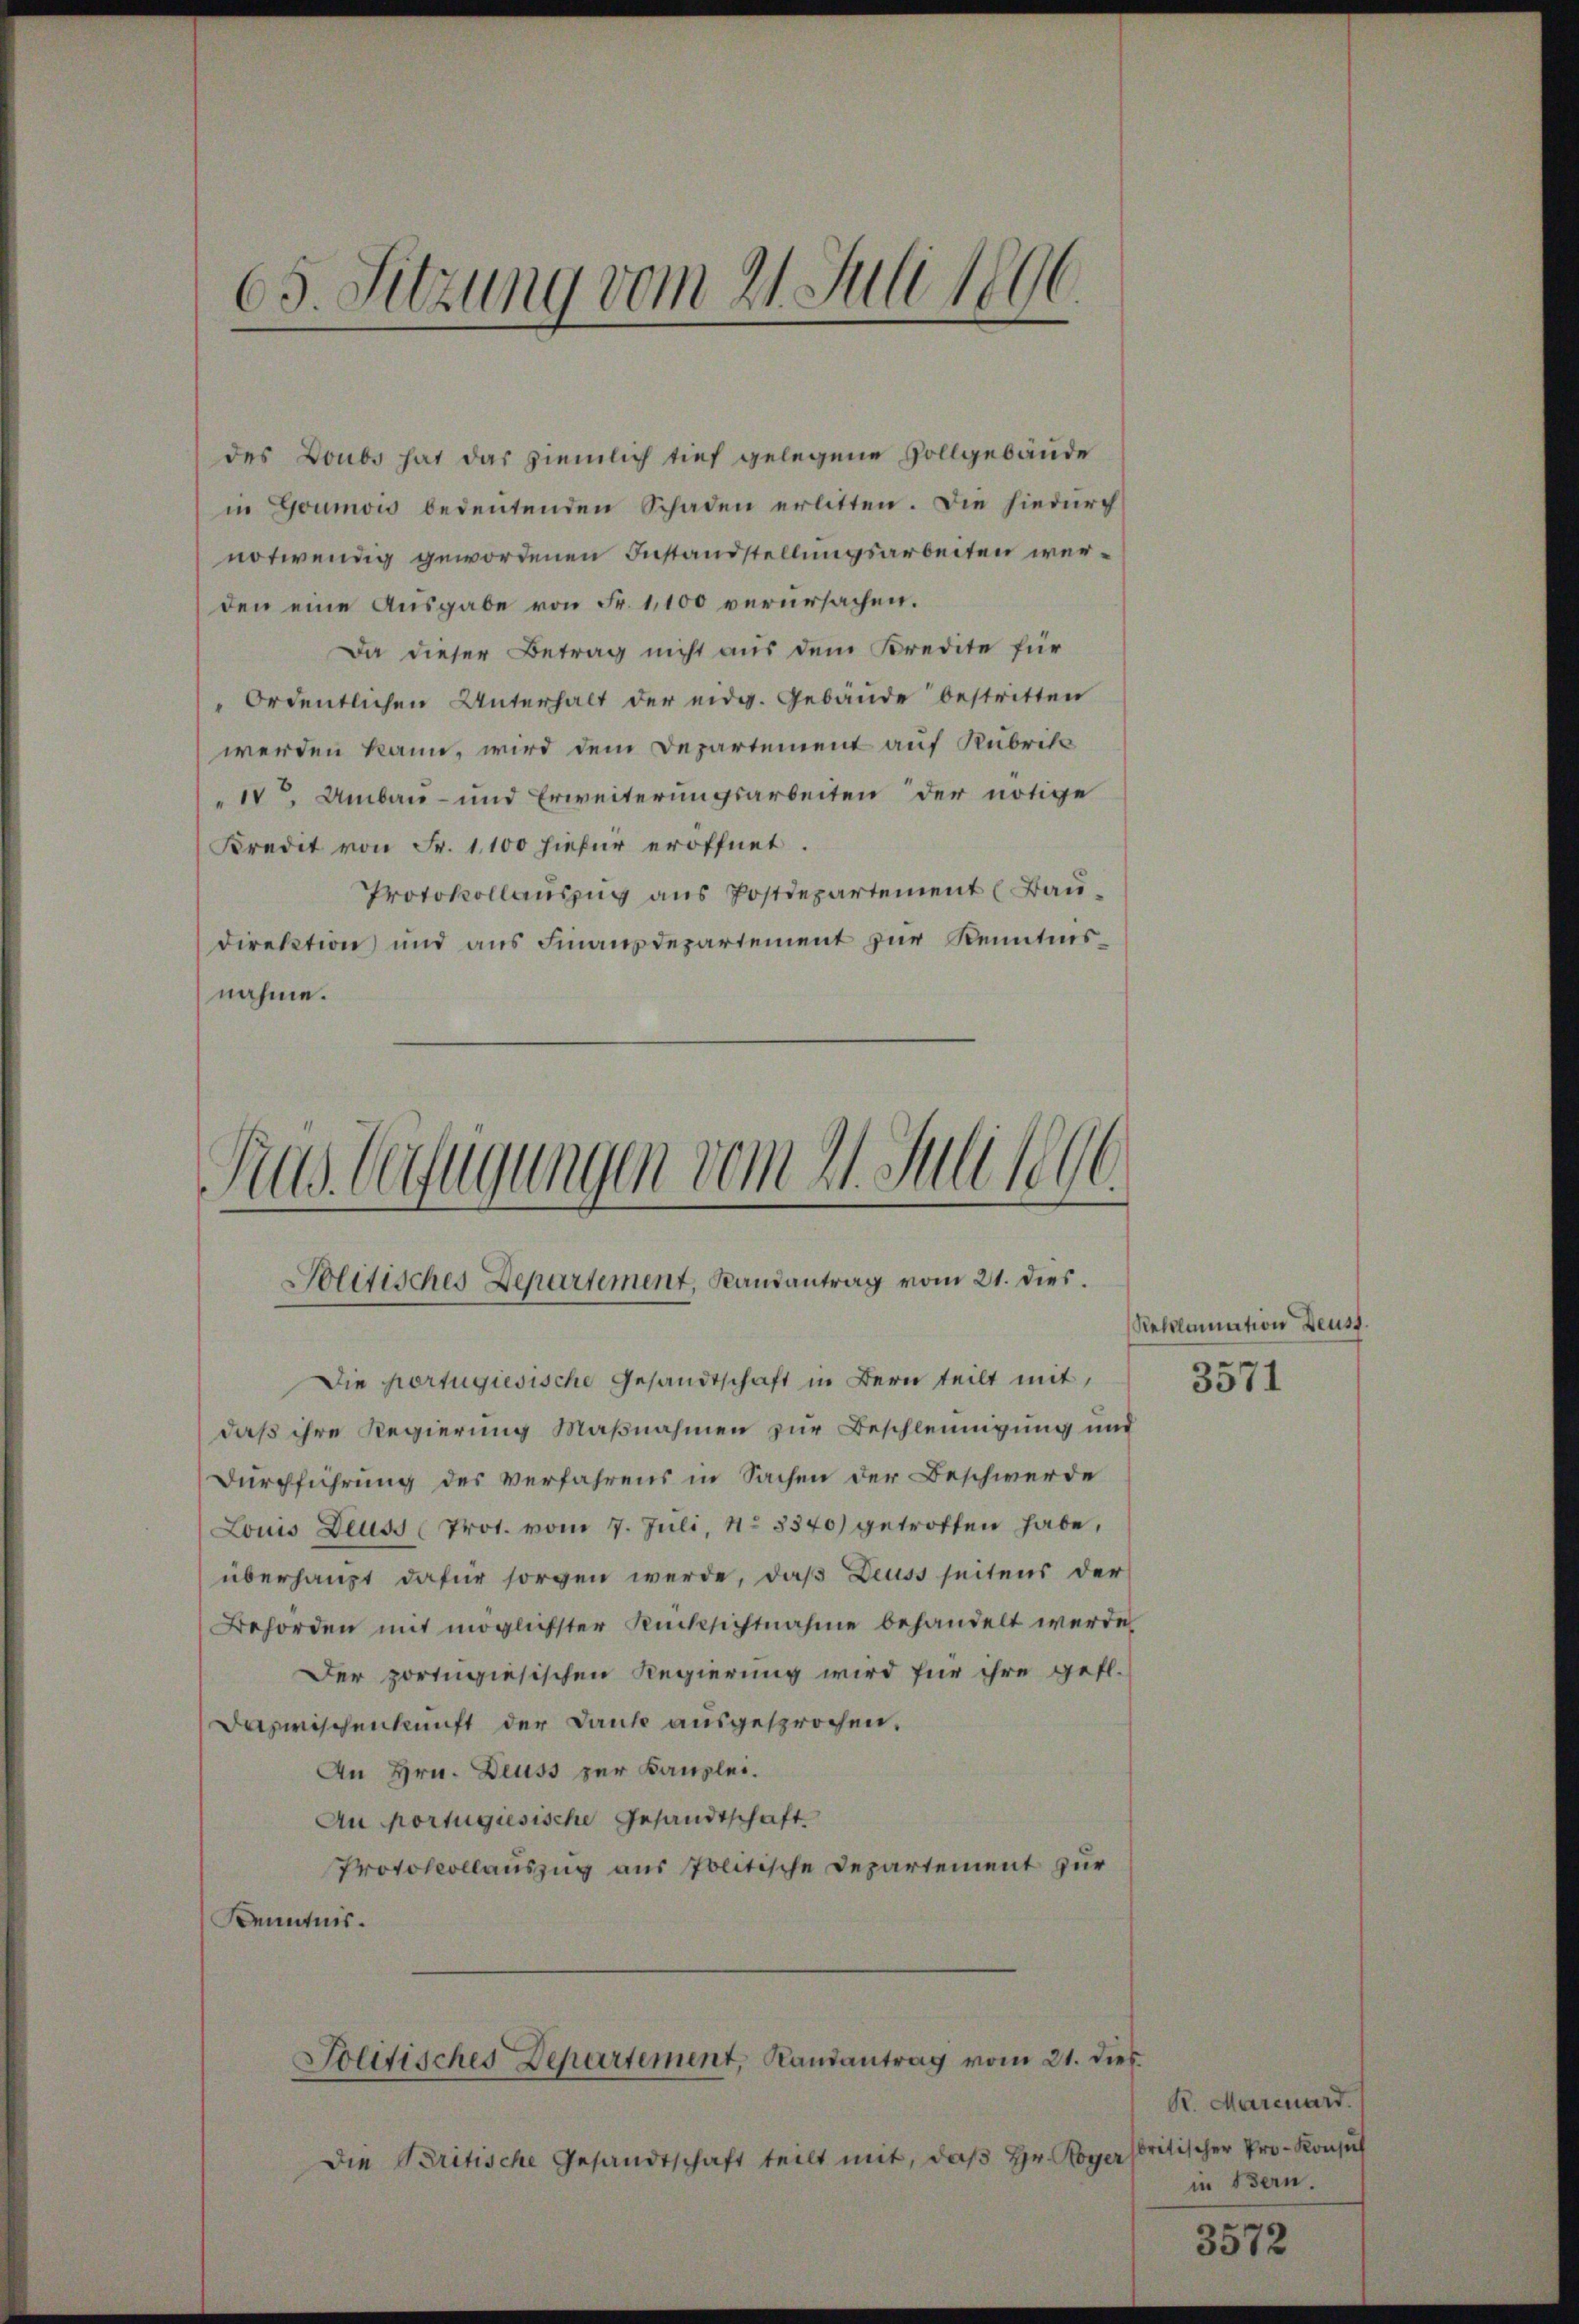
111
63. Suzung vom 21. Juli 1806

des Doubs hat das ziemlich tief gelegene Vollgebäude
in Goumois bedeutenden Schaden erlitten. Die hiedurch
notwendig gewordenen Instandstellungsarbeiten werden eine Ausgabe von Fr. 1,100 verursachen.
Da dieser Betrag nicht aus dem Kredite für
Ordentlichen Unterhalt der eidg. Gebäŭde bestritten
werden kann, wird dem Departement auf Rubrik
14 Umbau- und Erweiterungsarbeiten der nötige
Kredit von Fr. 1100 hiefür eröffnet.
Protokollauszug aus Postdepartement (Bau¬
Direktion und aus Finanzdepartement zur Kenntnisnahme.

Das Gefügungen vom 21. Juli 1890.
Solitisches Departement, Randantrag vom 21. dies.

Die portugiesische Gesandtschaft in Bern teilt mit,
daß ihre Regierung Maßnahmen zur Beschleunigung und
Durchführung des Verfahrens in Sachen der Beschwerde
Louis Deuss (Prot. vom 7. Juli, No 3340) getroffen habe,
überhaupt dafür sorgen werde, daß Deuss seitens der
Behörden mit möglichster Rücksichtnahme behandelt werde
Der portugiesischen Regierung wird für ihre gefl.
Dazwischenkunft der Dank ausgesprochen,
An Hrn. Deuss zur Kanzlei.
Au portugiesische Gesandtschaft
Protokollauszug aus Politische Departement zur
Kenntnis.
Solitisches Departement, Randantrag vom 21. dies
Die Britische Gesandtschaft teilt mit, daß Hr. Roger

Reklamation Deuss.
3571

R. Marcuard.
britischer Pro- Konsul
in Bern.

3572